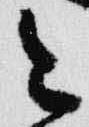
今